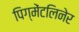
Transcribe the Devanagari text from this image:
पिग्मेंटलिनेर